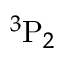
{ } ^ { 3 } \mathrm { P } _ { 2 }